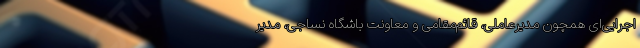
اجرایی‌ای همچون مدیرعاملی، قائم‌مقامی و معاونت باشگاه نساجی، مدیر